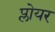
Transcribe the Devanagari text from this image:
प्लोयर